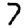
Digit: 7